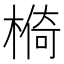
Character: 𱤄